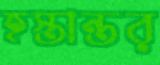
হস্তান্তর